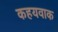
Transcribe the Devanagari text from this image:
कहयवाक